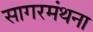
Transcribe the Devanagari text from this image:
सागरमंथना